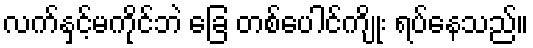
လက်နှင့်မကိုင်ဘဲ ခြေ တစ်ပေါင်ကျိုး ရပ်နေသည်။